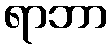
ရာဘာ